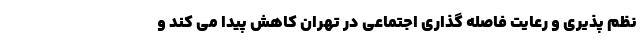
نظم پذیری و رعایت فاصله گذاری اجتماعی در تهران کاهش پیدا می کند و